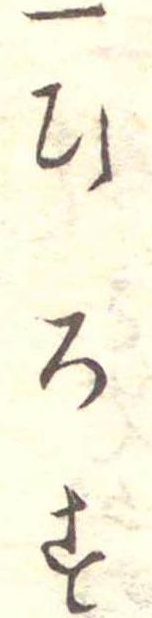
一ひろす